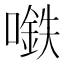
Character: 𰈲